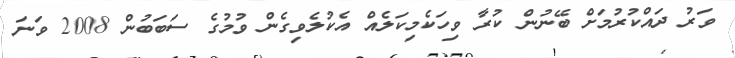
ވަރު ދައްކުރުމަށް ބޭނުން ކުރާ ވިހަކެމިކަލެއް އެކުލެވިގެން ވުމުގެ ސަބަބުން 2008 ވަނަ